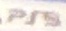
PS5